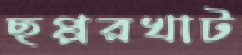
ছপ্পরখাট